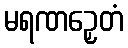
မရဏဉှေတံ